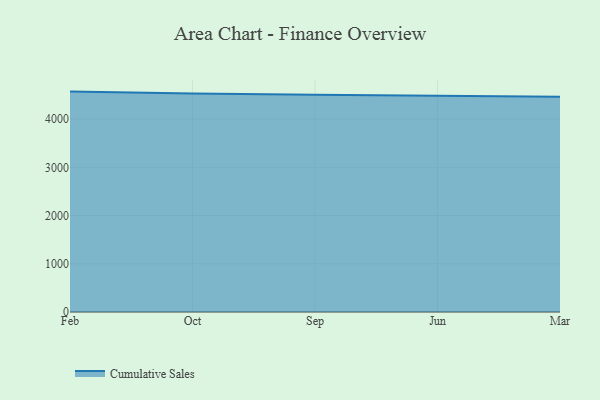
{"axis": {"x": "Month", "y": "Churn Rate (%)"}, "legend": ["Cumulative Sales"], "data": [{"x": "Feb", "y": 4569.7, "type": "Cumulative Sales"}, {"x": "Oct", "y": 4527.8, "type": "Cumulative Sales"}, {"x": "Sep", "y": 4502.8, "type": "Cumulative Sales"}, {"x": "Jun", "y": 4485.8, "type": "Cumulative Sales"}, {"x": "Mar", "y": 4462.6, "type": "Cumulative Sales"}]}